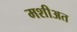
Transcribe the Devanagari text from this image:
मशीअत